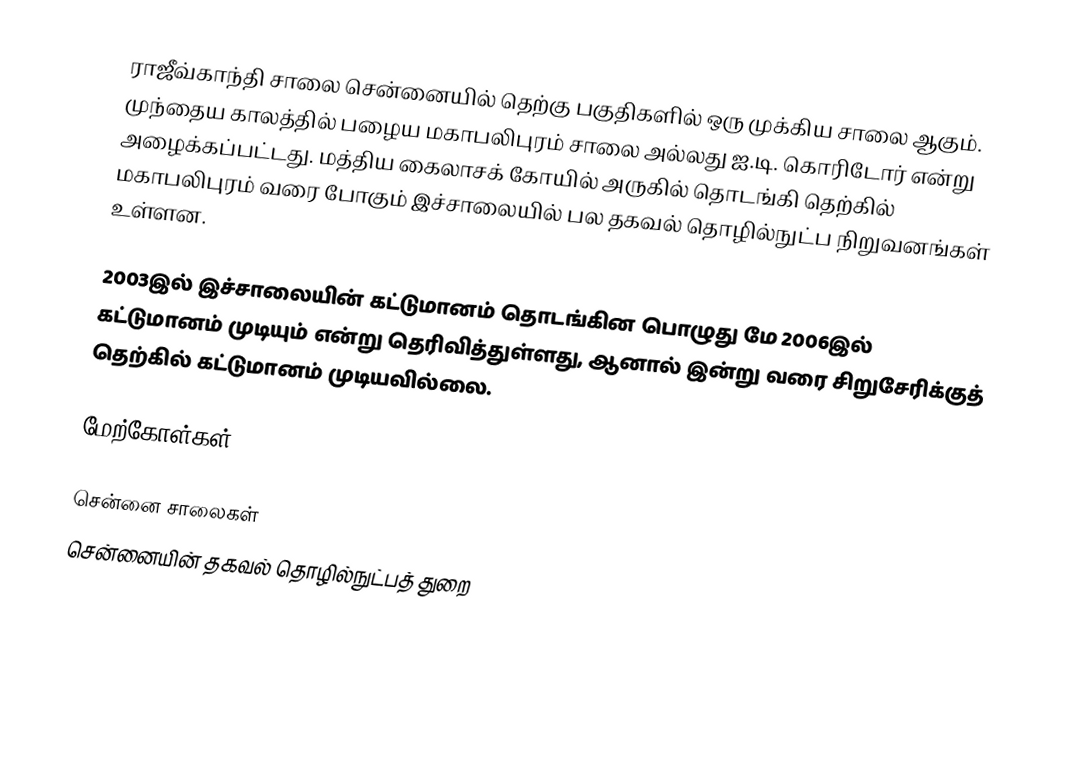
ராஜீவ்காந்தி சாலை சென்னையில் தெற்கு பகுதிகளில் ஒரு முக்கிய சாலை ஆகும். முந்தைய காலத்தில் பழைய மகாபலிபுரம் சாலை அல்லது ஐ.டி. கொரிடோர் என்று அழைக்கப்பட்டது. மத்திய கைலாசக் கோயில் அருகில் தொடங்கி தெற்கில் மகாபலிபுரம் வரை போகும் இச்சாலையில் பல தகவல் தொழில்நுட்ப நிறுவனங்கள் உள்ளன.

2003இல் இச்சாலையின் கட்டுமானம் தொடங்கின பொழுது மே 2006இல் கட்டுமானம் முடியும் என்று தெரிவித்துள்ளது, ஆனால் இன்று வரை சிறுசேரிக்குத் தெற்கில் கட்டுமானம் முடியவில்லை.

மேற்கோள்கள்

சென்னை சாலைகள்
சென்னையின் தகவல் தொழில்நுட்பத் துறை